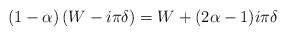
LaTeX: \begin{align*}(1- \alpha ) \left( W - i \pi \delta \right) = W + (2 \alpha - 1 )i \pi \delta\end{align*}